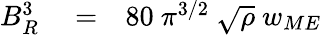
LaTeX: \begin{array}{rlr}{B_{R}^{3}}&{{}=}&{80\ \pi^{3/2}\ \sqrt{\rho}\ w_{ME}}\end{array}